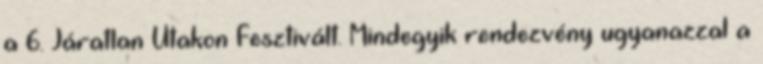
a 6. Járatlan Utakon Fesztivált. Mindegyik rendezvény ugyanazzal a